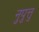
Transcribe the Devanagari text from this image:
नुपुत्तु